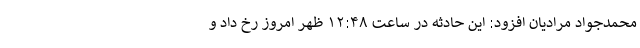
محمدجواد مرادیان افزود: این حادثه در ساعت ۱۲:۴۸ ظهر امروز رخ داد و